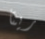
ريتا